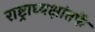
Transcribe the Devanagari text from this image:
राष्ट्राध्यक्षांतर्फे